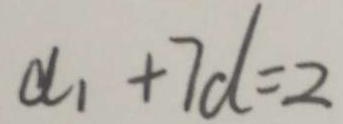
a _ { 1 } + 7 d = 2